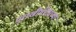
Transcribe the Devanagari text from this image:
गुराखीपीठाच्या